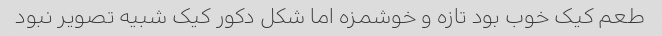
طعم کیک خوب بود تازه و خوشمزه اما شکل دکور کیک شبیه تصویر نبود